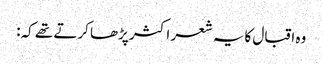
وہ اقبال کایہ شعر اکثر پڑھا کرتے تھے کہ: